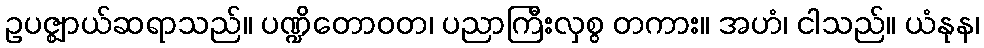
ဥပဇ္ဈာယ်ဆရာသည်။ ပဏ္ဍိတောဝတ၊ ပညာကြီးလှစွ တကား။ အဟံ၊ ငါသည်။ ယံနုန၊